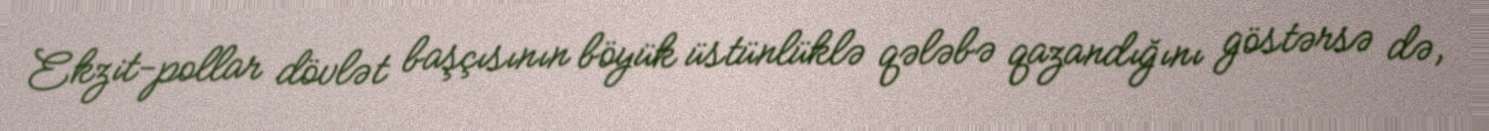
Ekzit-pollar dövlət başçısının böyük üstünlüklə qələbə qazandığını göstərsə də,